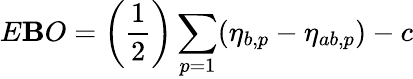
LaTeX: E\mathbf{B}O=\left({\frac{{1}}{{2}}}\right)\sum_{p=1}(\eta_{b,p}-\eta_{ab,p})-c